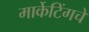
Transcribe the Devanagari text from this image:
मार्केटिंगचे